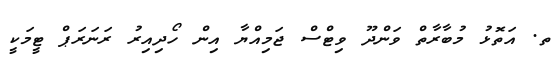
ތ. އަތޮޅު މުބާރާތް ވަންދޫ ވިޓްސް ޖަމިއްޔާ އިން ހޯދިއިރު ރަނަރަޕް ޓީމަކީ